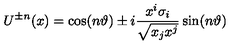
U ^ { \pm n } ( x ) = \cos ( n \vartheta ) \pm i \frac { x ^ { i } \sigma _ { i } } { \sqrt { x _ { j } x ^ { j } } } \sin ( n \vartheta )